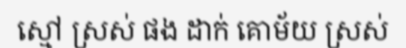
ស្មៅ ស្រស់ ផង ដាក់ គោម័យ ស្រស់